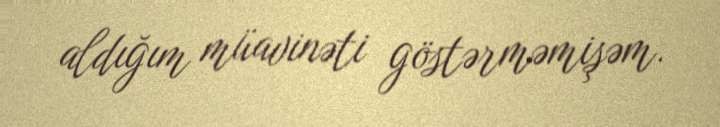
aldığım müavinəti göstərməmişəm.